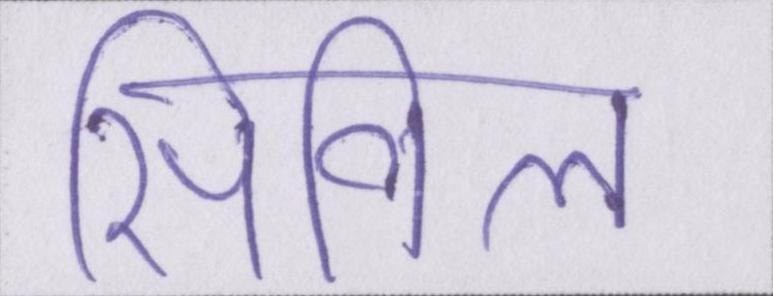
सिविल